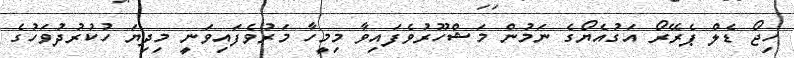
ހިޖޯ ޑެލް ޕެރޭރޯ އަގުއެޔޯގެ ނަމުން މަޝްހޫރުވެފައިވާ މިމީހާ މަރުވެފައިވަނީ މިދިޔަ ހުކުރުދުވަހުގެ